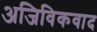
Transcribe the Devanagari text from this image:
अजिविकवाद